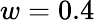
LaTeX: w=0.4